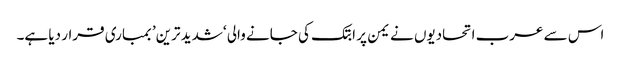
اس سے عرب اتحادیوں نے یمن پر ابتک کی جانے والی ‘شدید ترین’ بمباری قرار دیا ہے۔